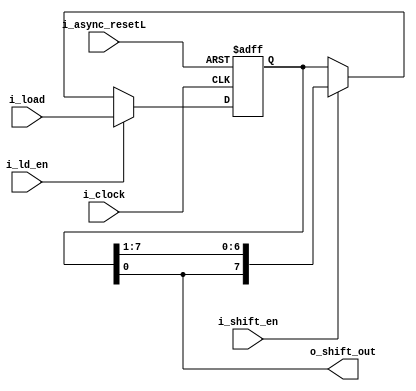
module transmitter_shift_register #(
    parameter  DATA_WIDTH = 8
)(
    input i_clock,
    input i_async_resetL,
    input i_shift_en,
    input i_ld_en,
    input [DATA_WIDTH-1:0] i_load,
    output o_shift_out
);
    reg [DATA_WIDTH-1:0] r_internal_load = 0;

    always @(posedge i_clock or negedge i_async_resetL) begin
        r_internal_load = r_internal_load;
        if (~i_async_resetL) r_internal_load <= 0;
        else if (i_ld_en) r_internal_load <= i_load;
        else if (i_shift_en) r_internal_load <= {r_internal_load[0], r_internal_load[DATA_WIDTH-1:1]};
    end

    assign o_shift_out = r_internal_load[0];
endmodule